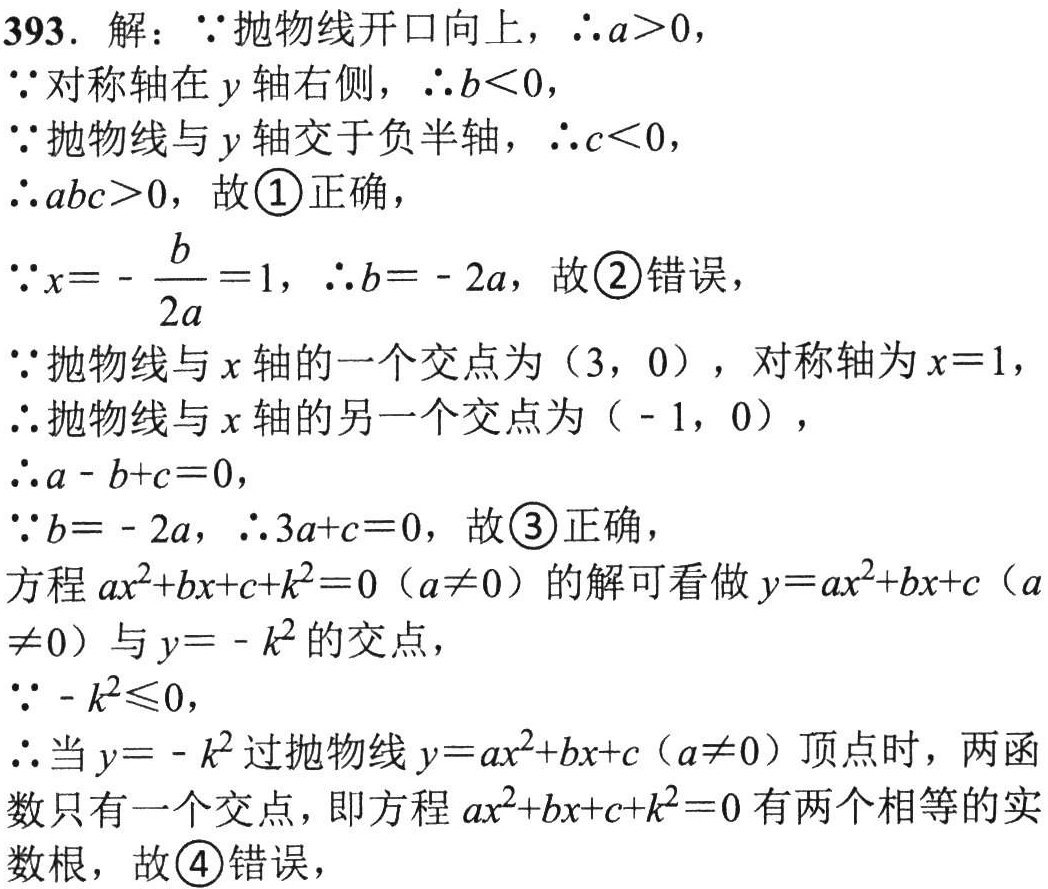
393. 解：\(\because\)抛物线开口向上，\(\therefore a > 0\)，

\(\because\)对称轴在\(y\)轴右侧，\(\therefore b < 0\)，

\(\because\)抛物线与\(y\)轴交于负半轴，\(\therefore c < 0\)，

\(\therefore abc>0\)，故\textcircled{1}正确，

\(\because x = -\frac{b}{2a}=1\)，\(\therefore b = - 2a\)，故\textcircled{2}错误，

\(\because\)抛物线与\(x\)轴的一个交点为\((3,0)\)，对称轴为\(x = 1\)，

\(\therefore\)抛物线与\(x\)轴的另一个交点为\(( - 1,0)\)，

\(\therefore a - b + c = 0\)，

\(\because b = - 2a\)，\(\therefore 3a + c = 0\)，故\textcircled{3}正确，

方程\(ax^{2}+bx + c + k^{2}=0(a\neq0)\)的解可看做\(y = ax^{2}+bx + c(a\neq0)\)与\(y = - k^{2}\)的交点，

\(\because - k^{2}\leq0\)，

\(\therefore\)当\(y = - k^{2}\)过抛物线\(y = ax^{2}+bx + c(a\neq0)\)顶点时，两函数只有一个交点，即方程\(ax^{2}+bx + c + k^{2}=0\)有两个相等的实数根，故\textcircled{4}错误，